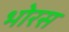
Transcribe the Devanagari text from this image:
भोरस